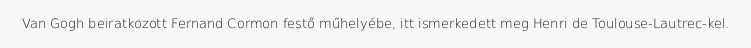
Van Gogh beiratkozott Fernand Cormon festő műhelyébe, itt ismerkedett meg Henri de Toulouse-Lautrec-kel.